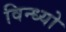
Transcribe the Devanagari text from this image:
विन्ध्यो